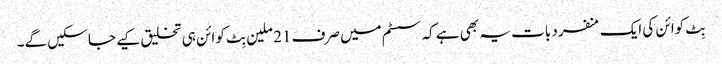
بِٹ کوائن کی ایک منفرد بات یہ بھی ہے کہ سسٹم میں صرف 21 ملین بِٹ کوائن ہی تخلیق کیے جا سکیں گے۔